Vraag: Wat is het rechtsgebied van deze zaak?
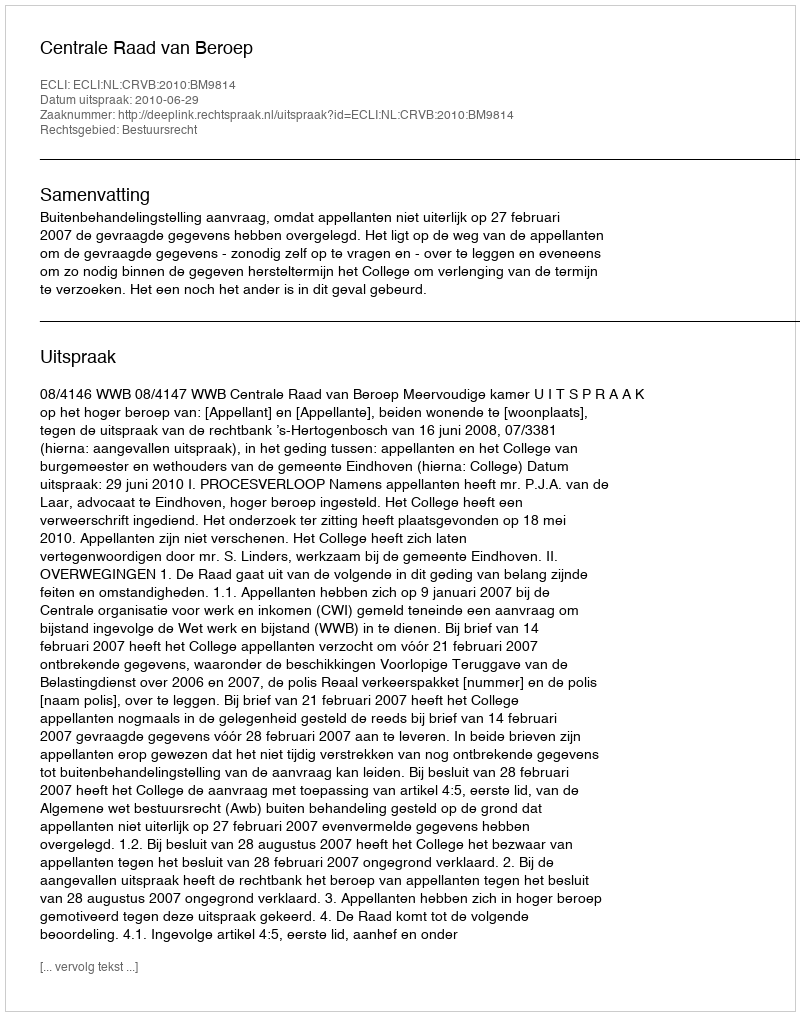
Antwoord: Bestuursrecht